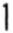
1